Lunatic asylums Madras 1892-1911 - 1892-1911
Year: 1892
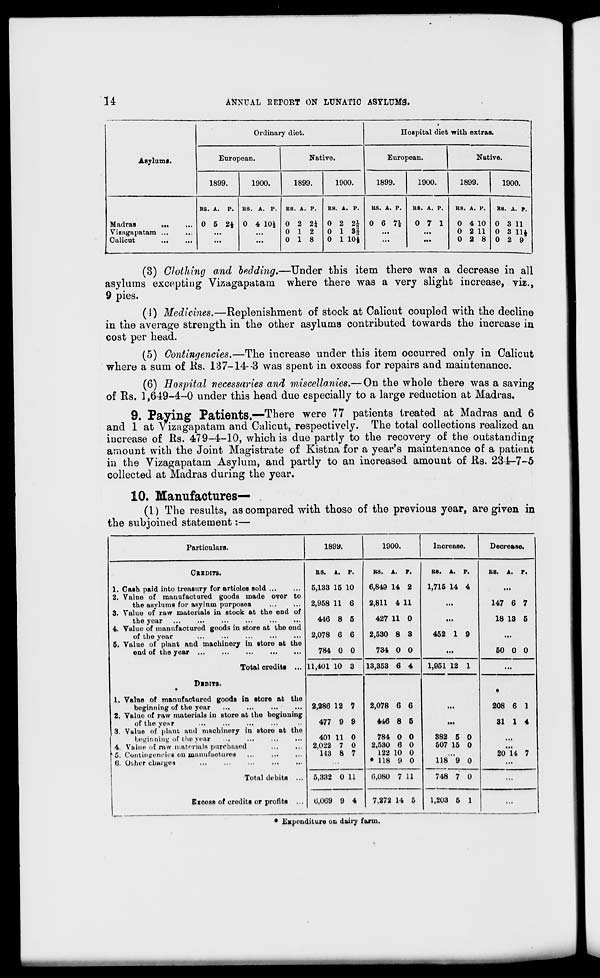
u
ANNUAL EEPOET ON LUNATIC ASYLUMS.
Asylums.
Ordinary diet.
Hospital diet ■ with extras.
European.
Native.
European.
Native.
1899.
1900.
1899.
1900.
1899.
1900.
1899.
1900.
Madras
...
Vizagapatam ...
Calicut
RS. A. P.
0 5 2*
RS. A. P.
0 4 10.}
RS. A. P.
0 2 2i
0 12
0 18
RS. A. P.
0 2 2£
0 1 3|
0 1 10*
RS. A. P.
0 6 71
RB. A. P.
0 7 1
RS. A. P.
0 4 10
0 2 11
0 2 8
RS. A. p.
0 3 11
0 3 11*
0 2 9
(3) Clothing and bedding.—Under this item there was a decrease in all
asylums excepting Vizagapatam where there was a very slight increase, viz.,
9 pies.
(4) Medicines.—Replenishment of stock at Calicut coupled with the decline
in the average strength in the other asylums contributed towards the increase in
cost per head.
(5) Contingencies.—The increase under this item occurred only in Calicut
where a sum of Rs. 187-14--3 was spent in excess for repairs and maintenance.
(6) Hospital necessaries and miscello.nies.—On the whole there was a saving
of Its. 1,649-4-0 under this head due especially to a large reduction at Madras.
9. Paying Patients.—There were 77 patients treated at Madras and 6
and 1 at V izagapatam and Calicut, respectively. The total collections realized an
increase of Rs. 479-4-10, which is due partly to the recovery of the outstanding
amount with the Joint Magistrate of Kistna for a year's maintenance of a patient
in the Vizagapatam Asylum, and partly to an increased amount of Rs. 234-7-5
collected at Madras during the year.
10. Manufactures— .
(1) The results, as compared with those of the previous year, are given in
the subjoined statement:—
Particulars.
189y.
1900.
Increase l.
Decrease.
CREDITS.
RS. A. p.
RS. A.
p.
RB. A. P.
RS. A. P.
1. Cash paid into treasury for articles sold ...
5,133 15 10
6,849 14 2
1,715 14 4
2. Value of manufactured goods made over to
the asylums for asylum purposes
2,958 11 6
2,811 4 11
...
147 6 7
3. Value of raw materials in stock at the end of
the year
446 8 5
427 11 0
...
18 13 5
4. Value of manufactured goods in store at the end
of the year
2,078 6 6
2,530 8 3
452 1 9
...
6. Value of plant and machinery in Btore at the
end of the year ...
...
...
Total credit! ...
DIBITS.
784 0 0
734 0 0
...
50 0 0
11,401 10 3
13,353 6 4
1,951 12 1
...
1. Value of manufactured goods in Btore at the
beginning of the year
2,286 12 7
2,078 6 6
...
208 6 1
2. Value of raw materials in store at the beginning
of the ve»r
477 9 9
446 8 5
...
31 1 4
3. Value of plant and machinery in store at the
beginning of the vear
401 11 0
784 0 0
382 5 0
4. Value o£ raw materials purchased
2,022 7 0
2,580 6 0
507 15 0
...
5. Contingencies on manufactures ...
...
143 8 7
122 10 0
20 14 7
(i. Other chargei*
Total debits ...
Exooss of credits or profits ...
* 118 9 0
118 9 0
...
5,332 0 11
6,080 7 11
748 7 0
...
0,069 9 4
7,272 14 5
1,203 5 1
...
Expenditure on dairy farm.